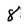
Character: 8